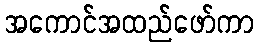
အကောင်အထည်ဖော်ကာ